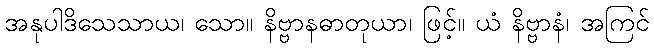
အနုပါဒိသေသာယ၊ သော။ နိဗ္ဗာနဓာတုယာ၊ ဖြင့်။ ယံ နိဗ္ဗာနံ၊ အကြင်